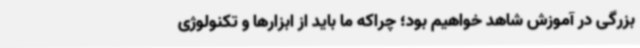
بزرگی در آموزش شاهد خواهیم بود؛ چراکه ما باید از ابزارها و تکنولوژی